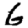
Digit: 6